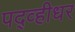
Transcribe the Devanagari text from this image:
पद्व्हीधर